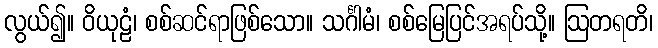
လွယ်၍။ ဝိယုဠံ၊ စစ်ဆင်ရာဖြစ်သော။ သင်္ဂါမံ၊ စစ်မြေပြင်အရပ်သို့။ ဩတရတိ၊